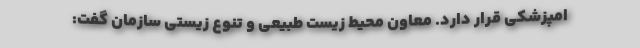
امپزشکی قرار دارد. معاون محیط زیست طبیعی و تنوع زیستی سازمان گفت: